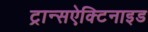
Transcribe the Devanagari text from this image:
ट्रान्सऐक्टिनाइड